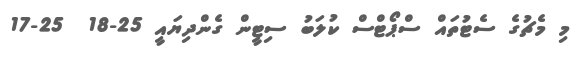
މި މެޗުގެ ސެޓުތައް ސްޕޯޓްސް ކުލަބު ސިޓީން ގެންދިޔައީ 25-18  25-17